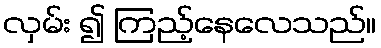
လှမ်း ၍ ကြည့်နေလေသည်။